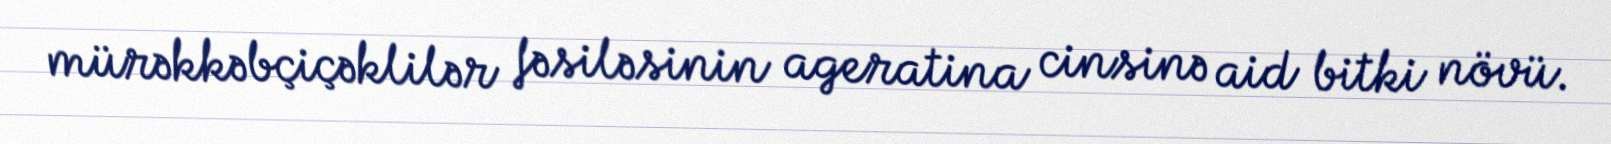
mürəkkəbçiçəklilər fəsiləsinin ageratina cinsinə aid bitki növü.